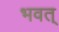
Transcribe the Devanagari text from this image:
भवत्